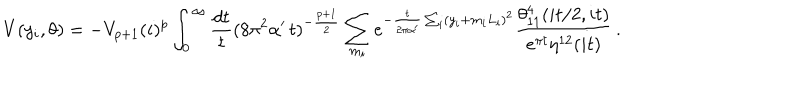
LaTeX: V ( y _ { i } , \theta ) = - V _ { p + 1 } ( i ) ^ { p } \int _ { 0 } ^ { \infty } \frac { d t } { t } ( 8 \pi ^ { 2 } \alpha ^ { \prime } \, t ) ^ { - \frac { p + 1 } { 2 } } \sum _ { m _ { i } } e ^ { - { \frac { t } { 2 \pi \alpha ^ { \prime } } } \sum _ { i } ( y _ { i } + m _ { i } L _ { i } ) ^ { 2 } } \frac { \theta _ { 1 1 } ^ { 4 } ( i t / 2 , i t ) } { e ^ { \pi t } \eta ^ { 1 2 } ( i t ) } \, .